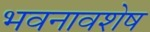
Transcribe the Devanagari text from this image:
भवनावशेष